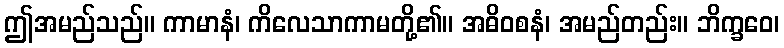
ဤအမည်သည်။ ကာမာနံ၊ ကိလေသာကာမတို့၏။ အဓိဝစနံ၊ အမည်တည်း။ ဘိက္ခဝေ၊